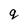
Character: q